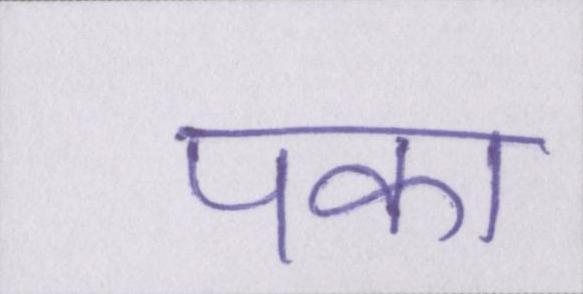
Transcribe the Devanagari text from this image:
पका